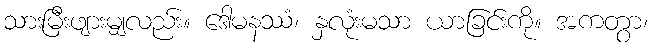
သားမြီးဖျားမျှလည်း။ ဒေါမနဿံ၊ နှလုံးမသာ ယာခြင်းကို။ အကတွာ၊